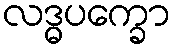
လဒ္ဓပက္ခော